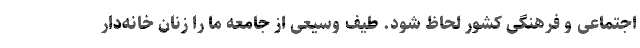
اجتماعی و فرهنگی کشور لحاظ شود. طیف وسیعی از جامعه ما را زنان خانه‌دار